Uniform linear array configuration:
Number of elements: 48
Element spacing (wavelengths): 1
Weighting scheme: blackman
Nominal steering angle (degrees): -45
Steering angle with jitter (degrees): -46.778
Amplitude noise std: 0.05
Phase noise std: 0.05

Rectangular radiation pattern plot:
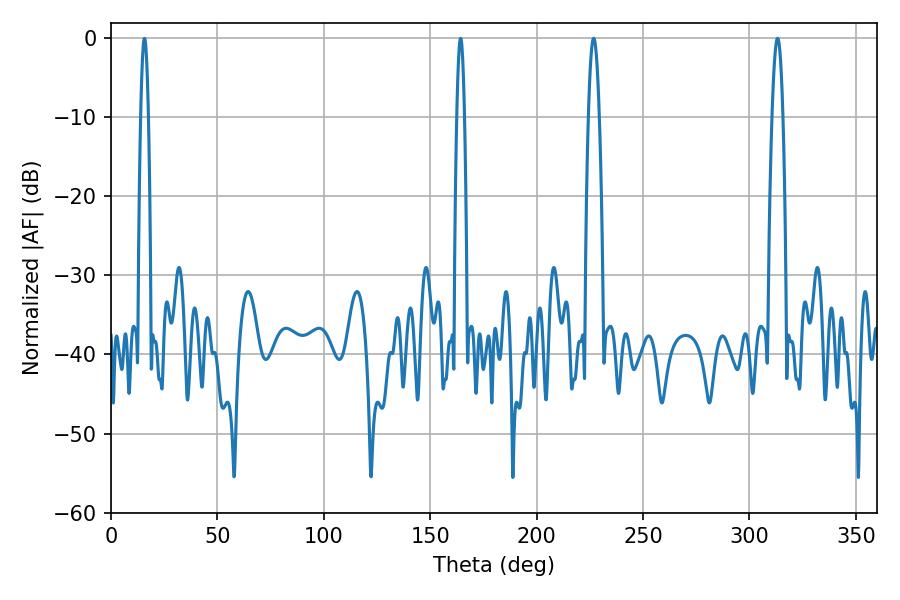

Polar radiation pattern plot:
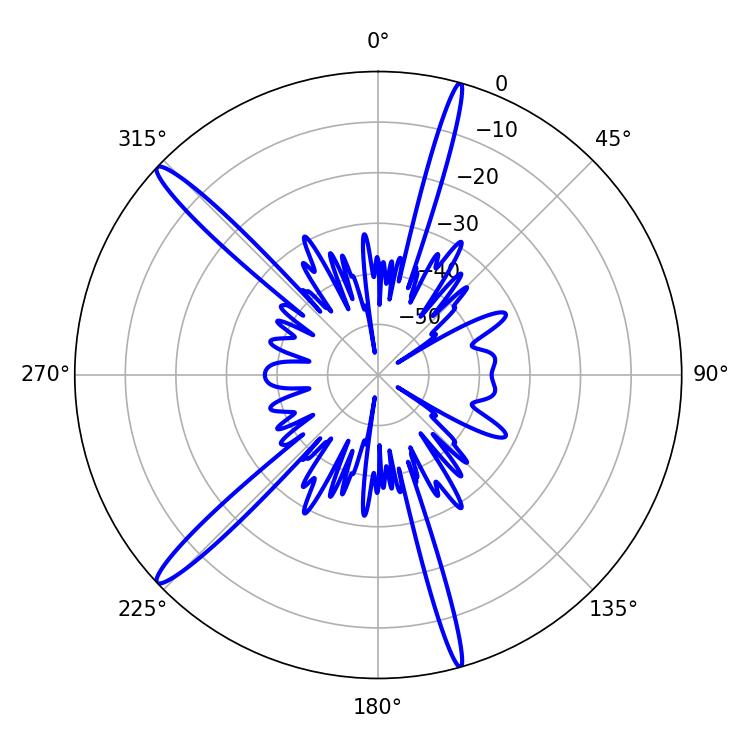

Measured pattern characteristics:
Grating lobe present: TRUE
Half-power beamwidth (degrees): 2.88
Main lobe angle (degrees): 226.8